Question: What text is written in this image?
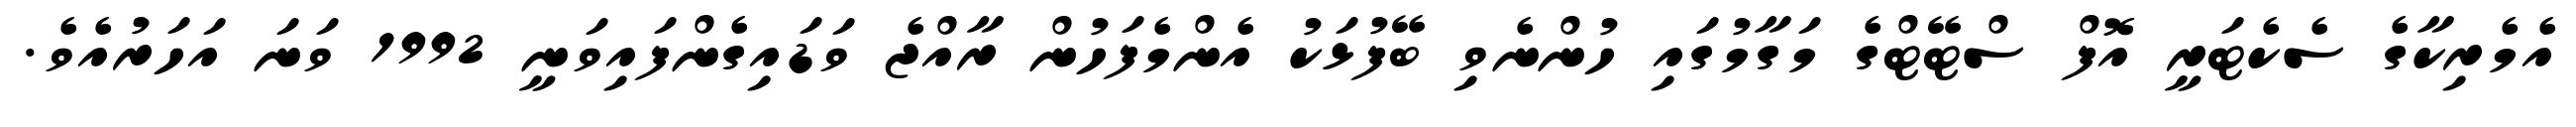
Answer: އެމެރިކާގެ ސެކެޓަރީ އޮފް ސްޓޭޓްގެ މަގާމުގައި ހުންނެވި ބޭފުޅަކު އެންމެފަހުން ރާއްޖެ ވަޑައިގެންފައިވަނީ 1992 ވަނަ އަހަރުއެވެ.